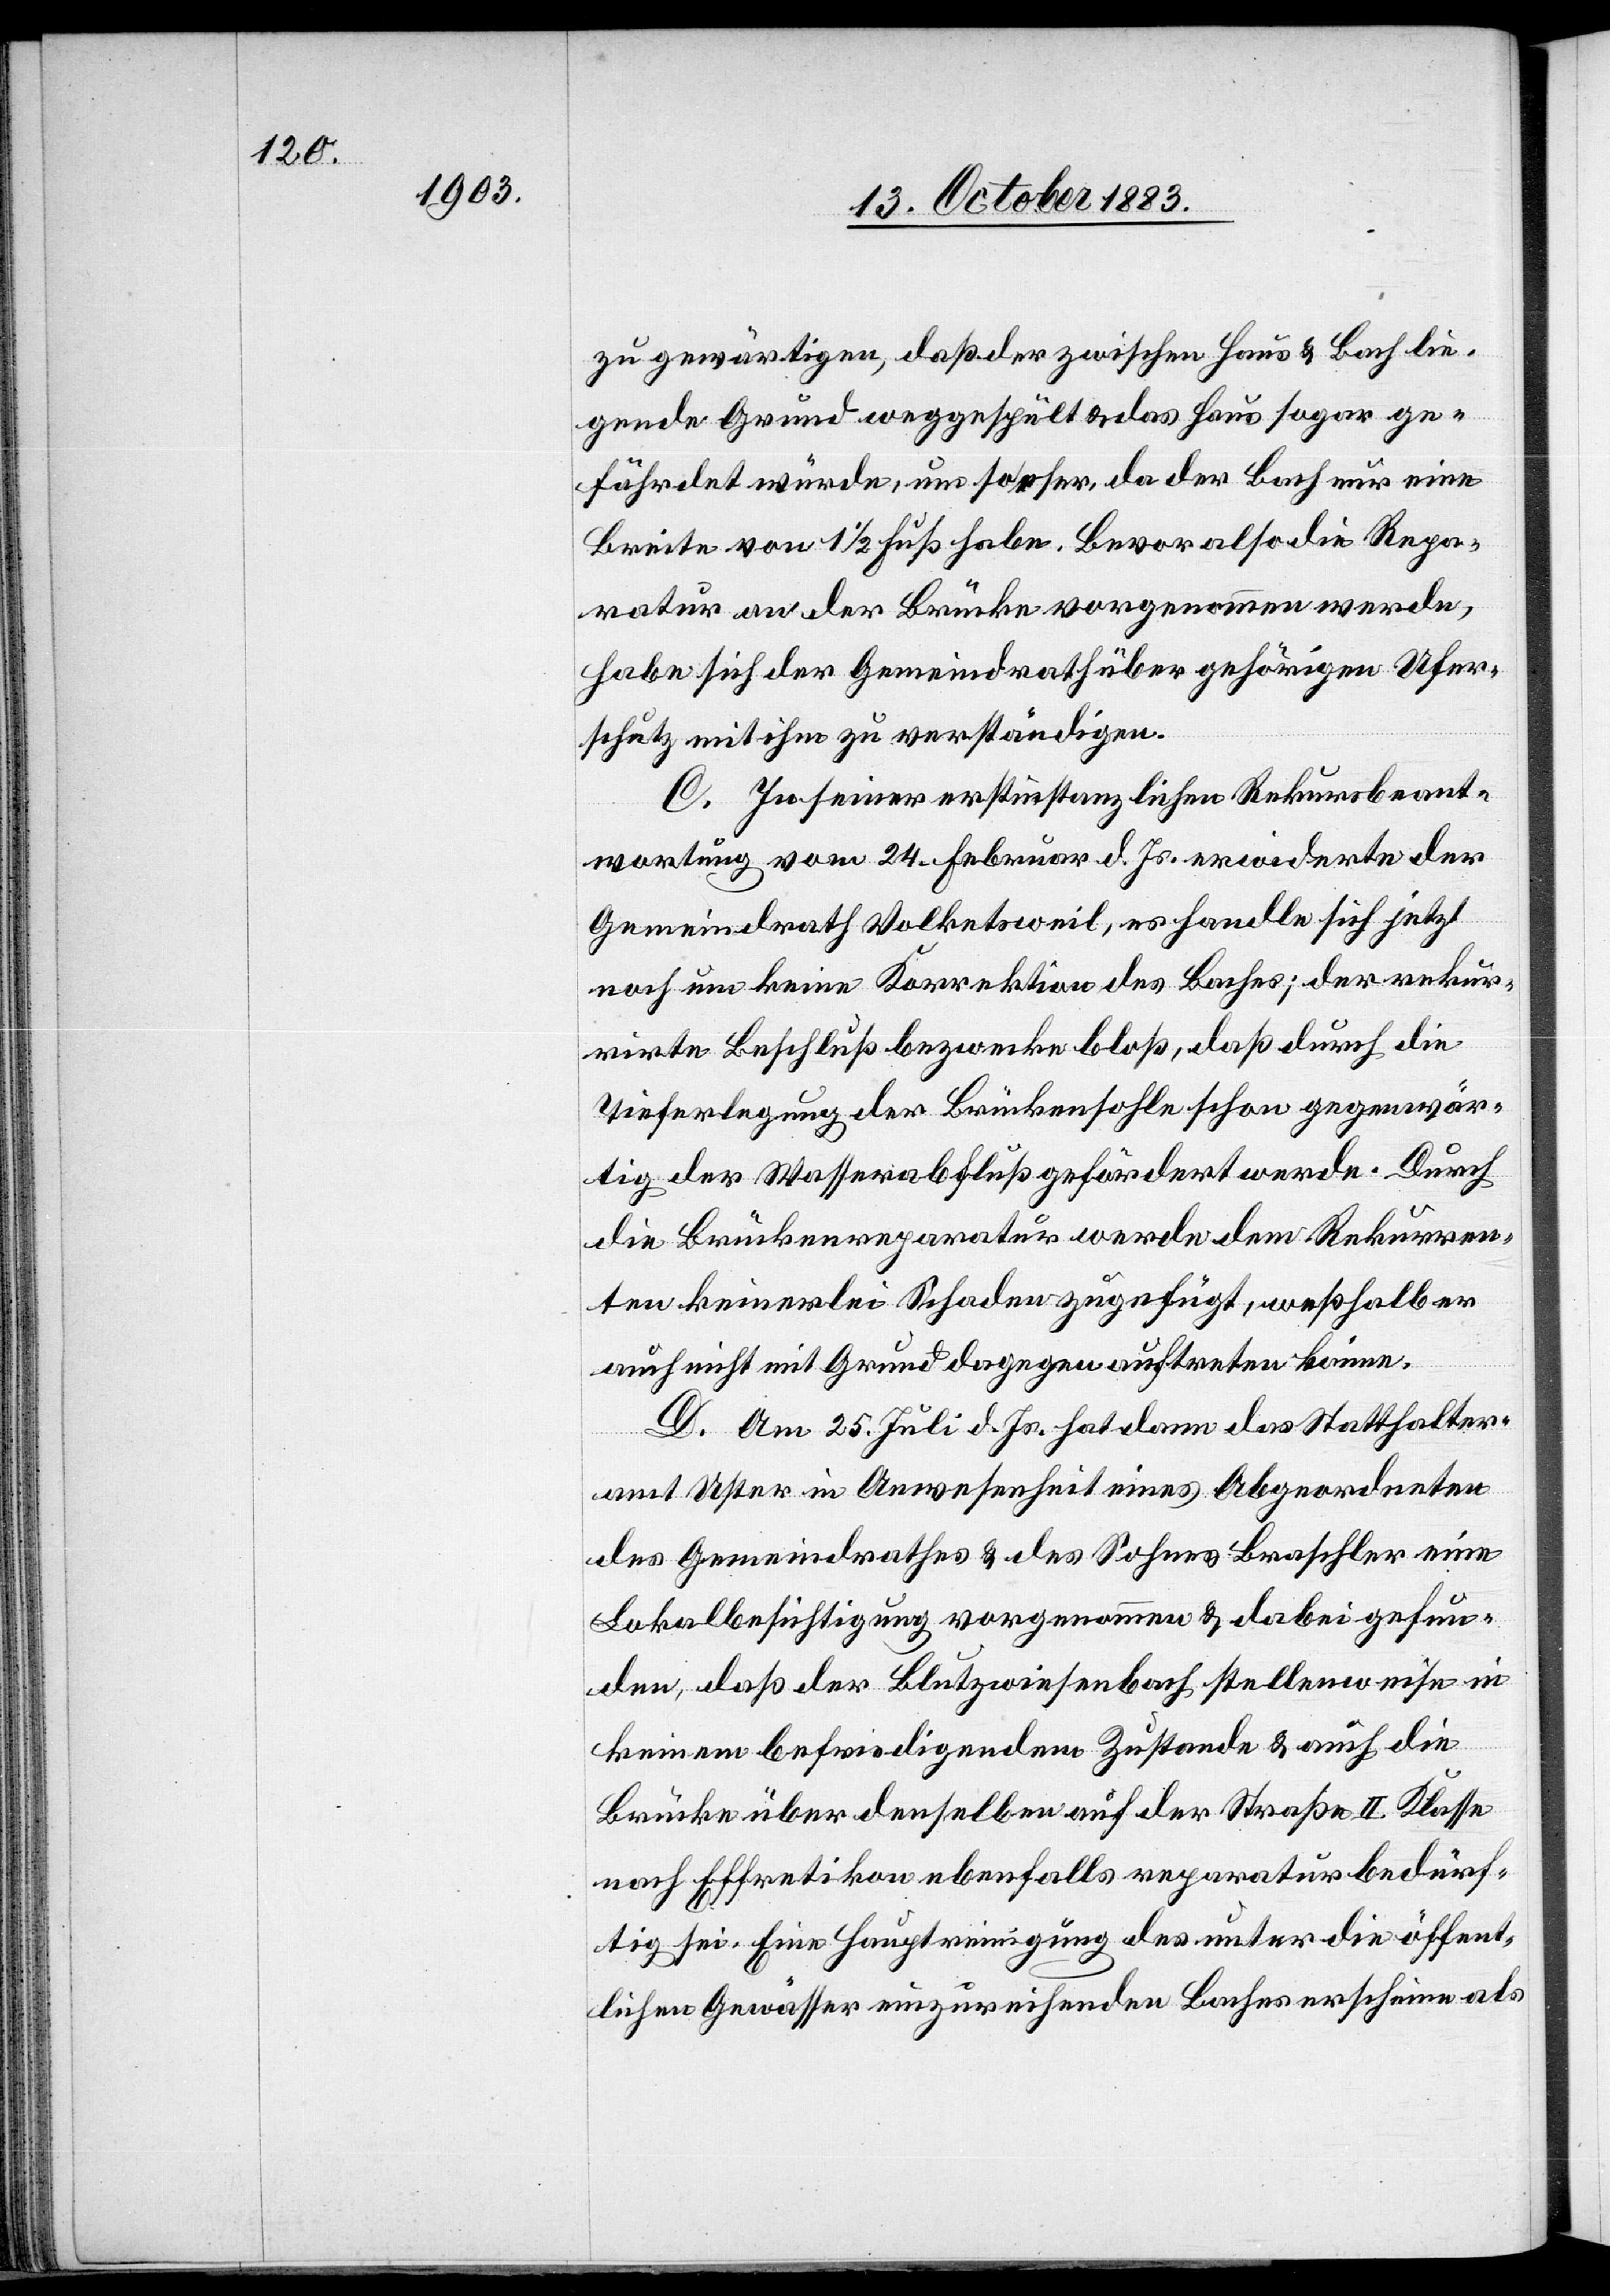
zu gewärtigen, daß der zwischen Haus & Bach lie¬
gende Grund weggespült & das Haus sogar ge¬
fährdet würde, um so eher, da der Bach also die
ratur an der Brücke vorgenommen werde,
habe sich der Gemeindrath über gehörigen Ufer¬
schutz mit ihm zu verständigen.
C. In seiner erstinstanzlichen Rekursbeant¬
wortung vom 24. Februar d. Js. erwiderte der
Gemeindrath Volketsweil, es handle sich jetzt
noch um keine Korrektion des Baches; der rekur¬
rirte Beschluß bezwecke bloß, daß durch die
Tieferlegung der Brückensohle schon gegenwär¬
tig der Wasserabfluß gefördert werde. Durch
die Brückenreparatur werde dem Rekurren¬
ten keinerlei Schaden zugefügt, weßhalb er
auch nicht mit Grund dagegen auftreten könne.
D. Am 25. Juli d. Js. hat dann das Statthalter¬
Repa¬
amt Uster in Anwesenheit eines Abgeordneten
des Gemeindrathes & des Sohnes Braschler eine
Lokalbesichtigung vorgenommen & dabei gefun¬
den, daß der Blutzwiesenbach stellenweise in
keinem befriedigendem Zustande & auch die
Brücke über denselben auf der Straße II. Klasse
nach Effretikon ebenfalls reparaturbedürf¬
tig sei. Eine Hauptreinigung des unter die öffent¬
lichen Gewässer einzureihenden Baches erscheine als